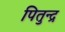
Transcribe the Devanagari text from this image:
पितुन्द्र